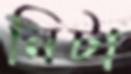
নিটা